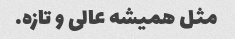
مثل همیشه عالی و تازه.